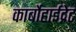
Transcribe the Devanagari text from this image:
कार्बोहाईद्रेट